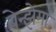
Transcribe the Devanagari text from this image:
बेन्झेमा